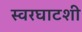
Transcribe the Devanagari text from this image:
स्वरघाटशी